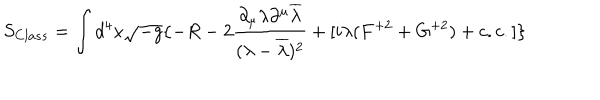
S _ { C l a s s } = \int d ^ { 4 } x \sqrt { - g } \{ - R - 2 \frac { \partial _ { \mu } \lambda \partial ^ { \mu } \overline { { { \lambda } } } } { ( \lambda - \overline { { { \lambda } } } ) ^ { 2 } } + [ i \lambda ( F ^ { + 2 } + G ^ { + 2 } ) + c . c . ] \}